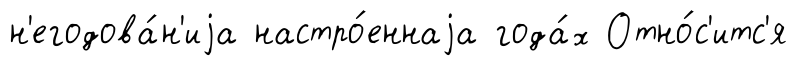
н'егодова́н'иjа настро́еннаjа года́х Отно́с'итс'я